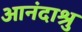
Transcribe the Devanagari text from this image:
आनंदाश्रु